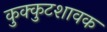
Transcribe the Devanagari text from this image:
कुक्कुटशावक